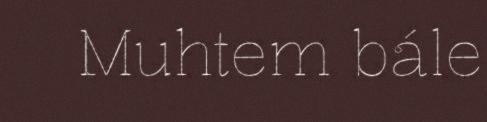
Muhtem bále